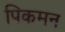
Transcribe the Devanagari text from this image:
पिकमन